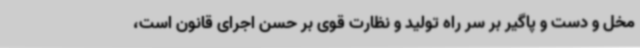
مخل و دست و پاگیر بر سر راه تولید و نظارت قوی بر حسن اجرای قانون است،